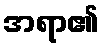
အရာ၏